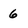
Character: 6